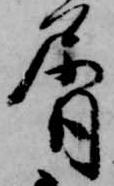
屑